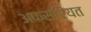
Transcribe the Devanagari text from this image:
अफ़सरियत